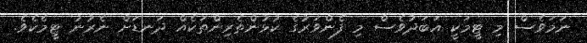
ނަމަވެސް މި ޓީމަކީ އަބަދުވެސް މި ފެންވަރުގެ ކުޅުންތެރިންތަކެއް ދަނޑަށް ނެރުނު ޓީމެކެވެ.